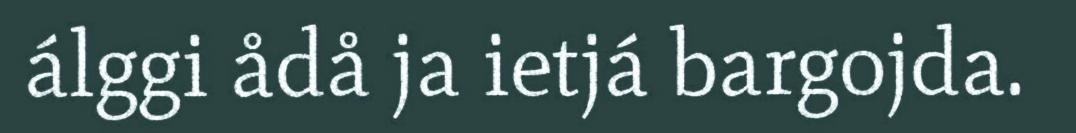
álggi ådå ja ietjá bargojda.